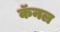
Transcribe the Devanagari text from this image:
कॅनल